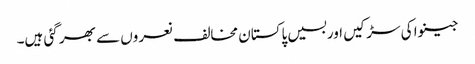
جینوا کی سڑکیں اوربسیں پاکستان مخالف نعروں سے بھر گئی ہیں۔